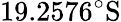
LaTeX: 19.2576^{\circ}\mathrm{S}